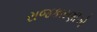
રાજકારણીએ